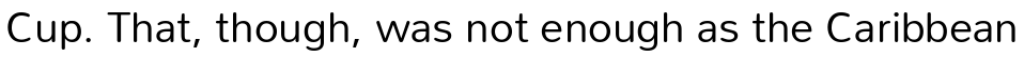
Cup. That, though, was not enough as the Caribbean